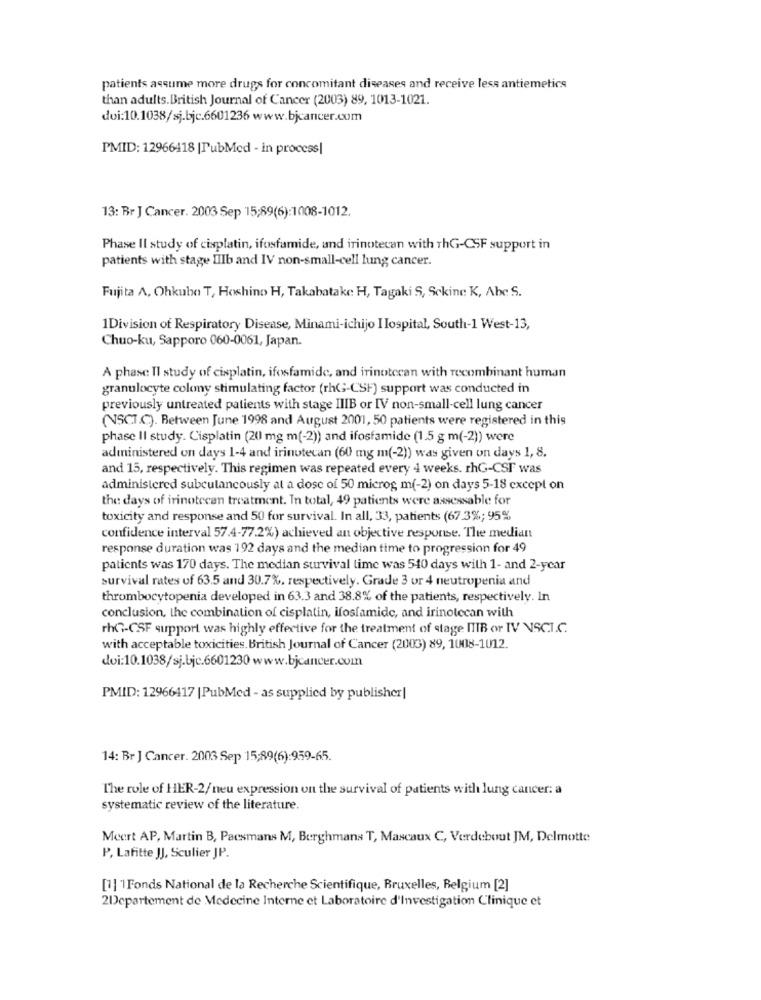
patients assume more drugs for concomitant diseases and receive less antiemetics
than adults. British Journal of Cancer (2003) 89, 1013-1021.
doi:10.1038/sj.bjc.6601236 www.bjcancer.com
PMID: 12966418 |PubMed - in process|
13: Br J Cancer. 2003 Sep 15;89(6):1008-1012.
Phase Il study of cisplatin, ifosfamide, and irinotecan with ThG-CSF support in
patients with stage IlIb and IV non-small-cell lung cancer.
Fujita A, Ohkubo T, Hoshino H, Takabatakc H, Tagaki S, Sekine K, Abe S.
1Division of Respiratory Disease, Minami-ichijo Ilospital, South-1 West-13,
Chuo-ku, Sapporo 060-0061, Japan.
A phase Il study of cisplatin, ifosfamide, and irinotecan with recombinant human
granulocyte colony stimulating factor (rhG-CSF) support was conducted in
previously untreated patients with stage IIIB or IV non-small-cell lung cancer
(NSCT.C). Between June 1998 and August 2001, 50 patients were registered in this
phase II study. Cisplatin (20 mg m(-2)) and ifosfamide (1.5 g m(-2)) were
administered on days 1-4 and irinotecan (60 mg m(-2)) was given on days 1, 8.
and 15, respectively. This regimen was repeated every 4 weeks. rhG-CSF was
administered subculancously at a dose of 50 microg m(-2) on days 5-18 except on
the days of irinotecan treatment. In total, 49 patients were assessable for
toxicity and response and 50 for survival. In all, 33, patients (67.3%; 95%
confidence interval 57.4-77.2%) achieved an objective response. The median
response duration was 192 days and the median time to progression for 49
patients was 170 days. The median survival time was 540 days with 1- and 2-year
survival rates of 63.5 and 30.7%, respectively. Grade 3 or 4 neutropenia and
thrombocytopenia developed in 63.3 and 38.8% of the patients, respectively. In
conclusion, the combination of cisplatin, ifosfamide, and irinotecan with
rhGG-CSF support was highly effective for the treatment of stage ITIB or IV NSCI.C.
with acceptable toxicities. British Journal of Cancer (2003) 89, 1008-1012.
doi:10.1038/sj.bjc.6601230 www.bjcancer.com
PMID: 12966417 |PubMed - as supplied by publisher|
14: Br J Cancer. 2003 Sep 15;89(6):959-65.
The role of HER-2/neu expression on the survival of patients with lung cancer: a
systematic review of the literature.
Meert AP, Martin B, Paesmans M, Berghmans T, Mascaux C, Verdebout JM, Delmotte
P, Lafitte JJ, Sculier JP.
[1]1Fonds National de la Recherche Scientifique, Bruxelles, Belgium [2]
2Departement de Medecine Interne et Laboratoire d'investigation Clinique et